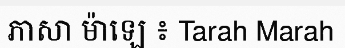
ភាសា ម៉ាឡេ ៖ Tarah Marah